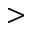
>